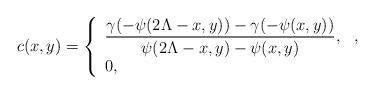
\begin{align*}c(x,y)=\left\{\begin{array}{llll} \displaystyle\frac{\gamma(-\psi(2\Lambda-x,y))-\gamma(-\psi(x,y))}{\psi(2\Lambda-x,y)-\psi(x,y)}, & ,\\ 0, & \end{array}\right.\end{align*}